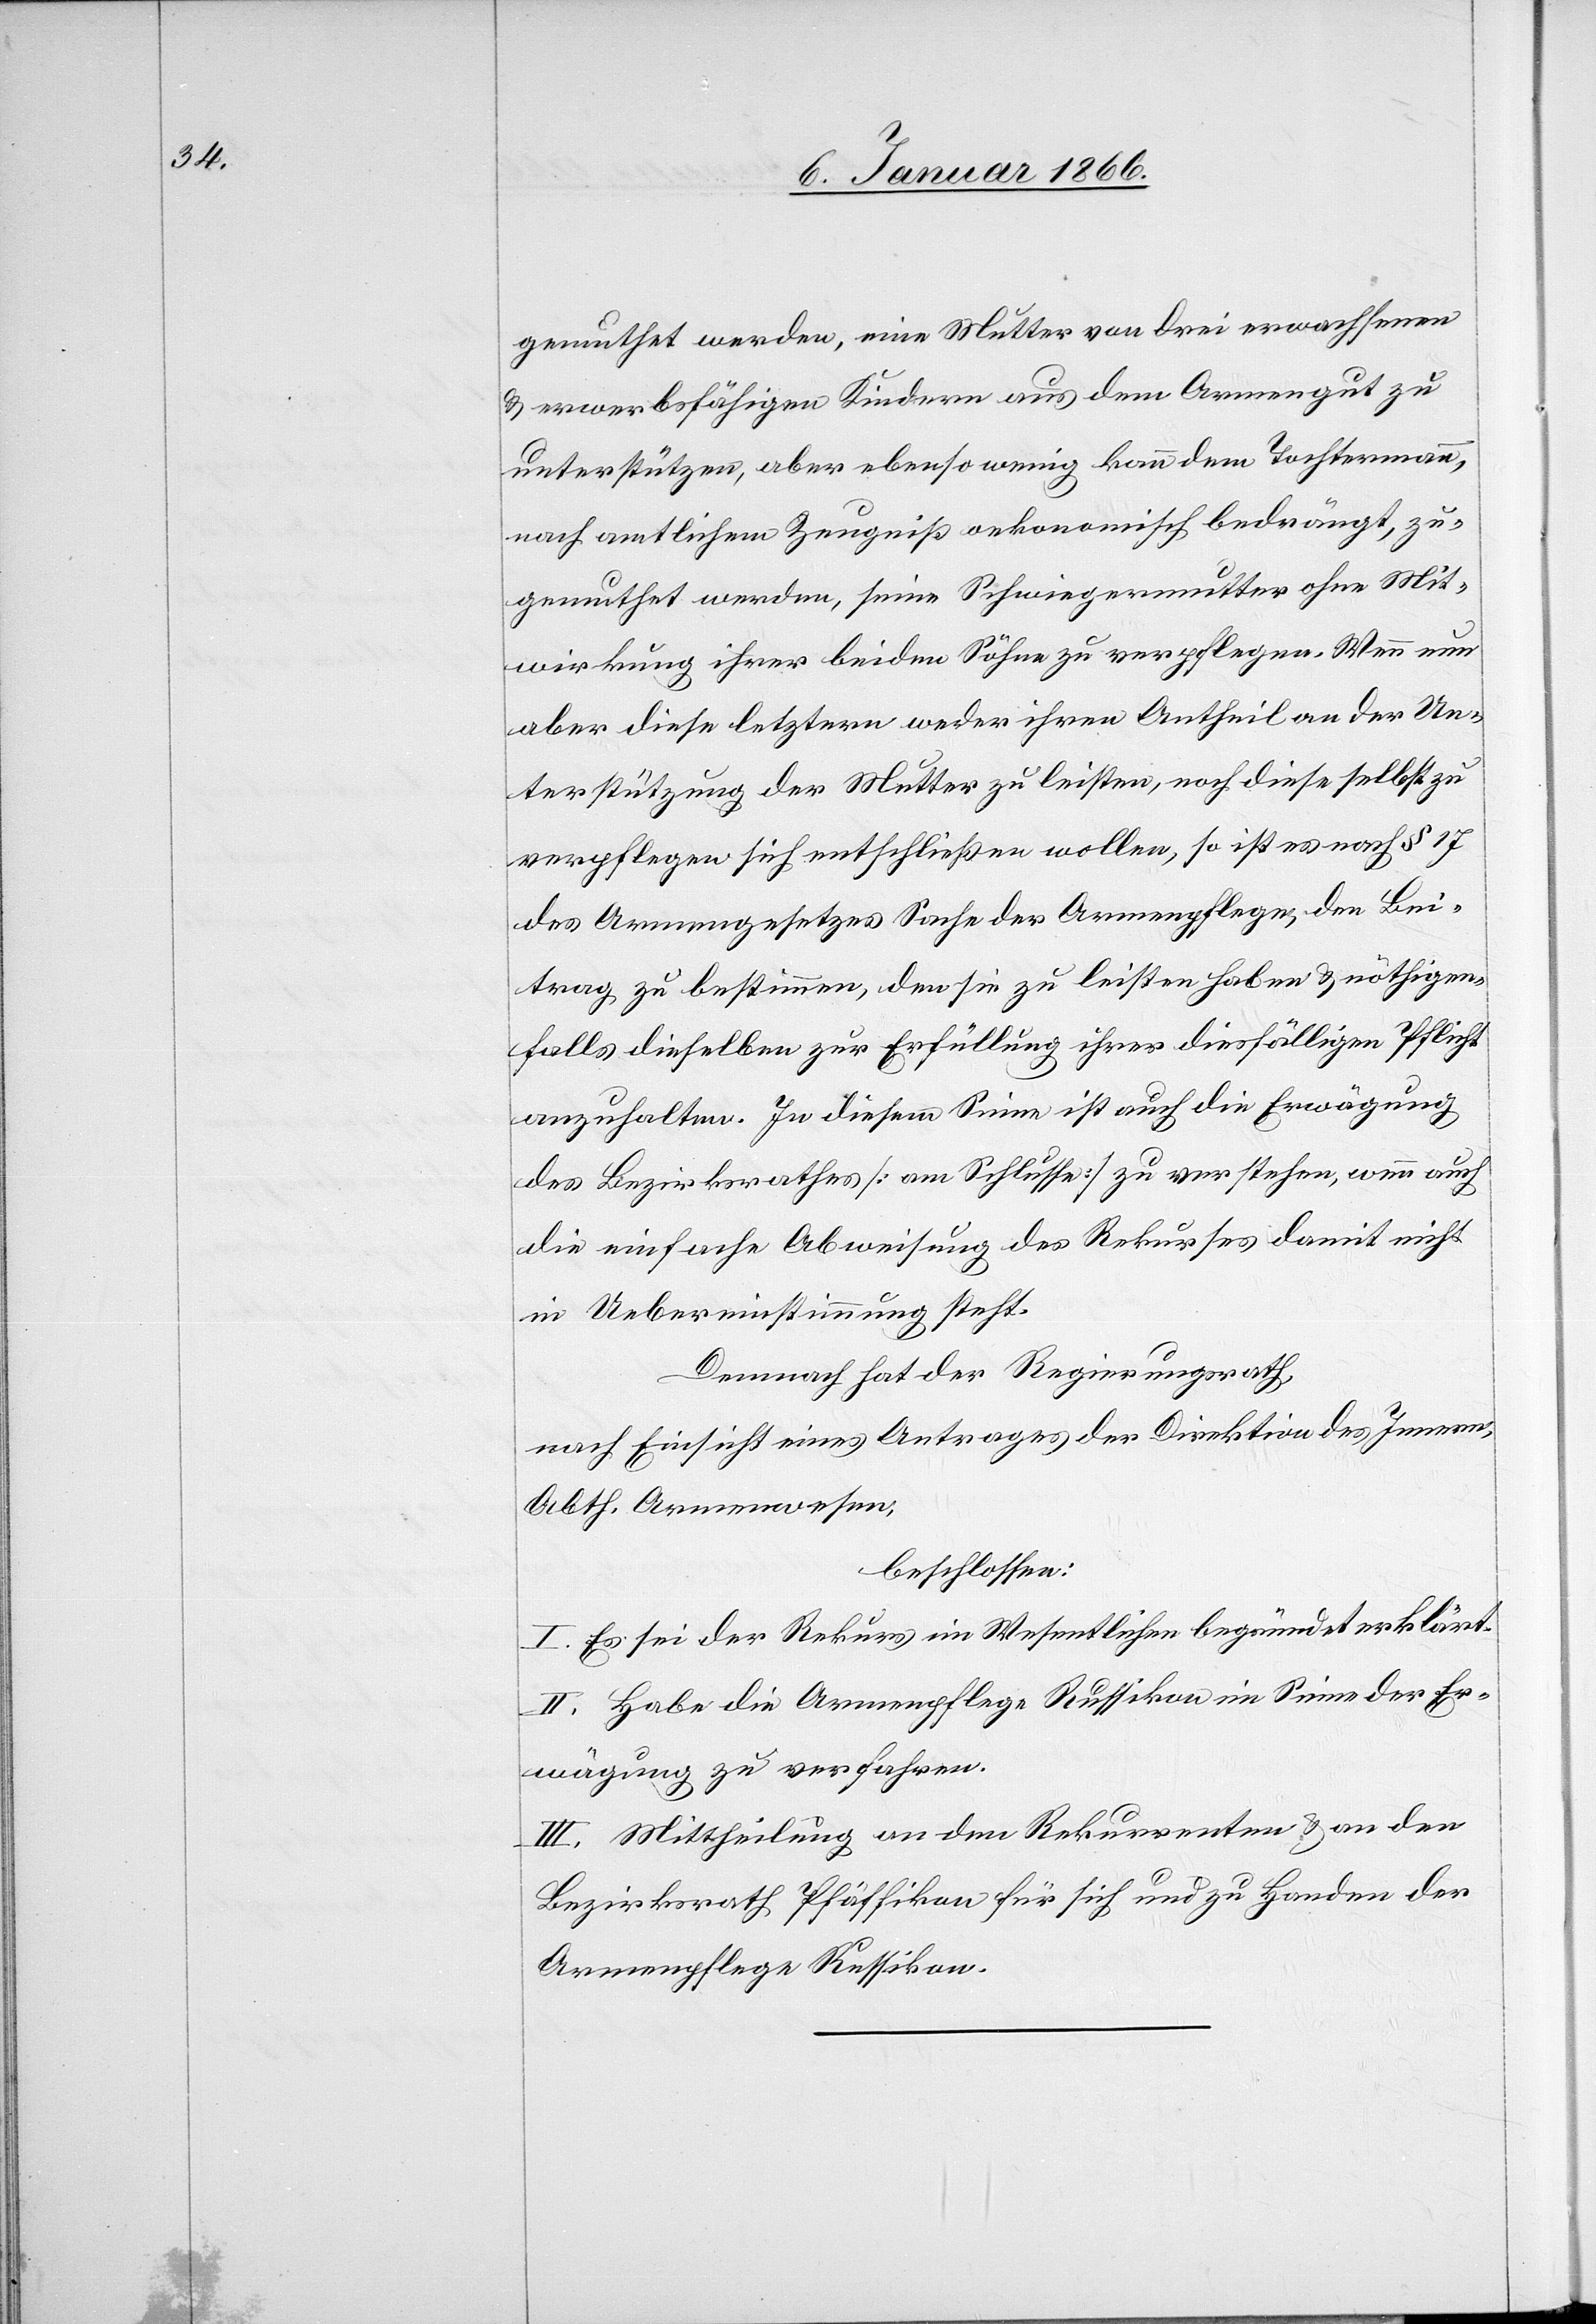
gemuthet werden, eine Mutter von drei erwachsenen
u. erwerbsfähigen Kindern aus dem Armengut zu
unterstützen, aber ebenso wenig kann dem Tochtermann,
nach amtlichem Zeugniß oekonomisch bedrängt, zu¬
gemuthet werden, seine Schwiegermutter ohne Mit¬
wirkung ihrer beiden Söhne zu verpflegen. Wenn nun
aber diese letztern weder ihren Antheil an der Un¬
terstützung der Mutter zu leisten, noch diese selbst zu
verpflegen sich entschließen wollen, so ist es nach § 17
des Armengesetzes Sache der Armenpflege, den Bei¬
trag zu bestimmen, den sie zu leisten haben u. nöthigen¬
falls dieselben zur Erfüllung ihrer diesfälligen Pflicht
anzuhalten. In diesem Sinne ist auch die Erwägung
des Bezirksrathes [am Schlusse] zu verstehen, wenn auch
die einfache Abweisung des Rekurses damit nicht
in Uebereinstimmung steht.
Demnach hat der Regierungsrath,
nach Einsicht eines Antrages der Direktion des Innern,
Abth. Armenwesen,
beschlossen:
I. Es sei der Rekurs im Wesentlichen begründet erklärt.
II. Habe die Armenpflege Russikon im Sinne der Er¬
wägung zu verfahren.
III. Mittheilung an den Rekurrenten u. an den
Bezirksrath Pfäffikon für sich und zu Handen der
Armenpflege Russikon.